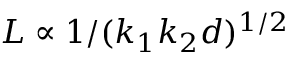
L \propto 1 / ( k _ { 1 } k _ { 2 } d ) ^ { 1 / 2 }